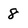
Character: 8